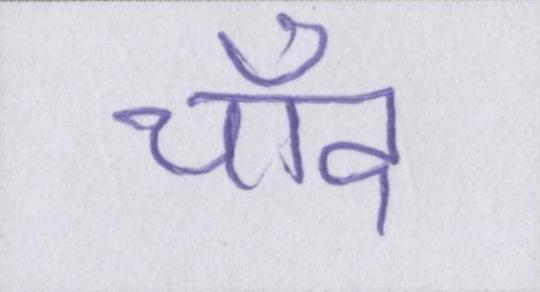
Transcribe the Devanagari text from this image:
चाँद